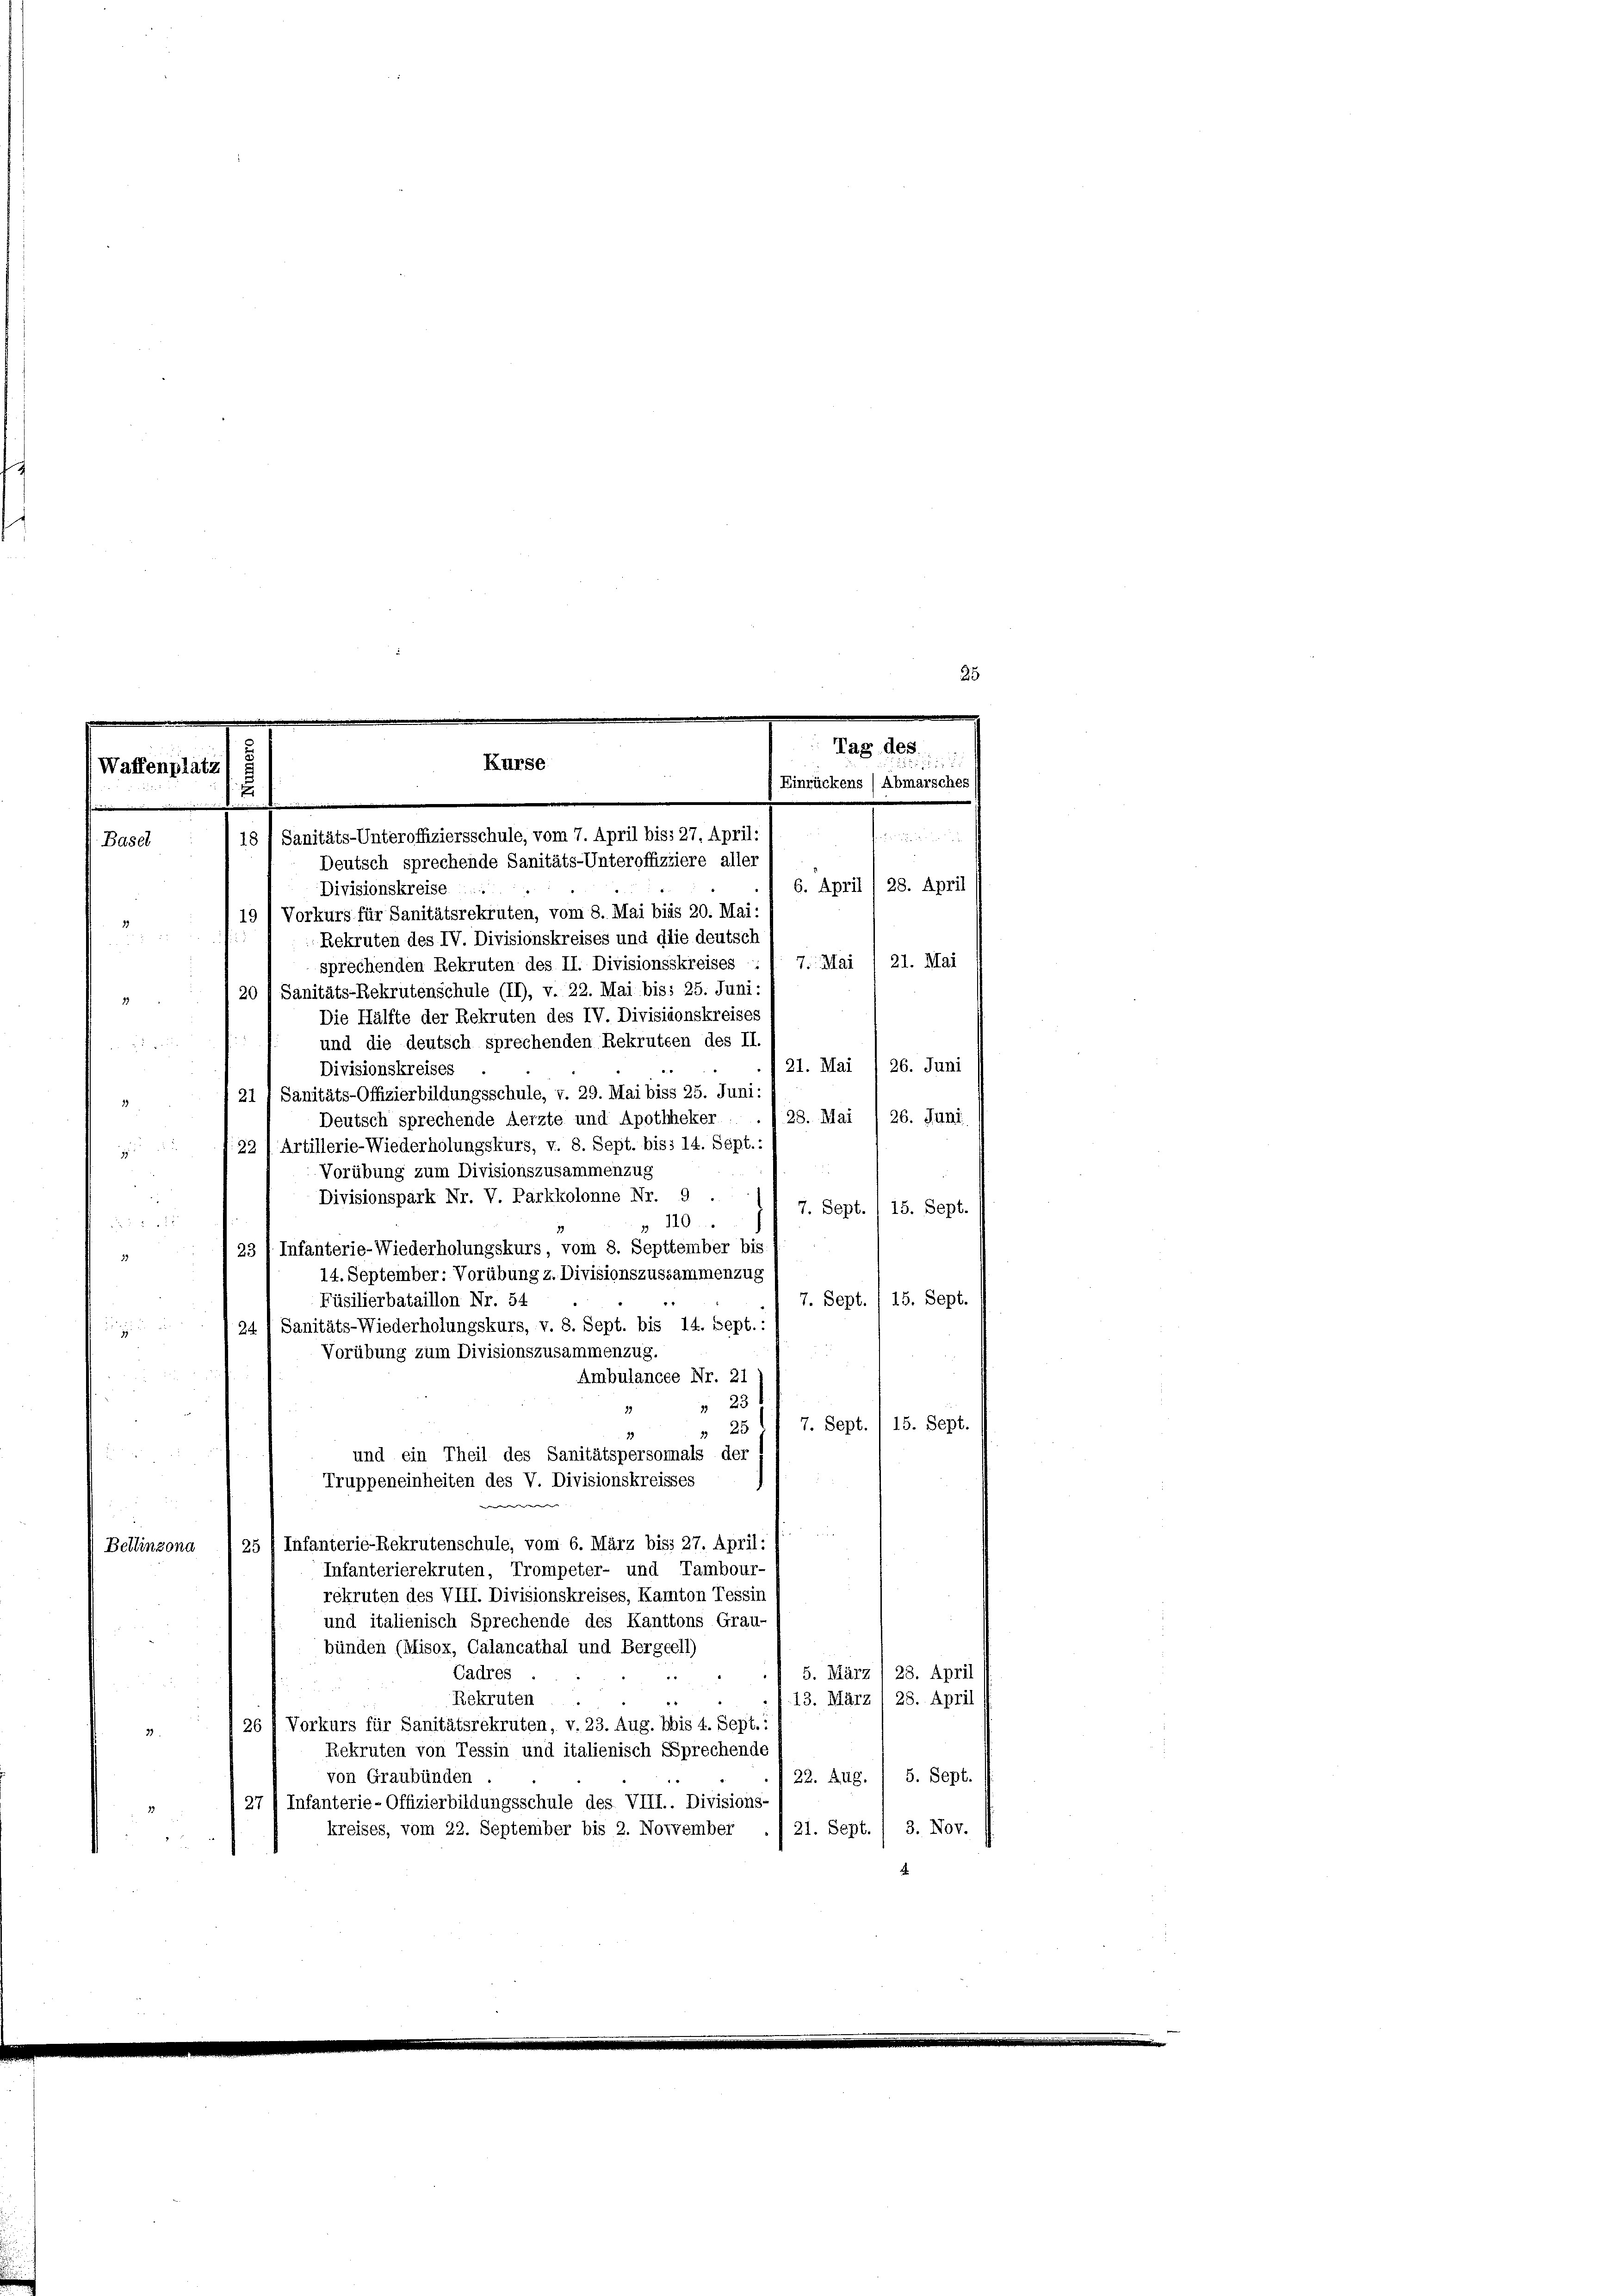
Kurse
Waffenplatz
.
18 / Sanitäts-Unteroffiziersschule, vom 7. April biss 27. April:
Basel
Deutsch sprechende Sanitäts-Unteroffizziere aller

Divisionskreise
19 / Vorkurs für Sanitätsrekruten, vom 8. Mai bis 20. Mai:
Rekruten des IV. Divisionskreises und die deutsch
sprechenden Rekruten des II. Divisionsskreises
" 120 „ Sanitäts-Rekrutenschule (II), v. 22. Mai bis 25. Juni:
Die Hälfte der Rekruten des IV. Divisionskreises
und die deutsch sprechenden Rekruteen des II.

21. Mai 1 26. Juni
Divisionskreises
21 1 Sanitäts-Offizierbildungsschule, v. 29. Mai biss 25. Juni:
Deutsch sprechende Aerzte und Apothheker ./ 28. Mai / 26. Juni
8
22/Artillerie-Wiederholungskurs, v. 8. Sept. biss 14. Sept.:
.
Vorübung zum Divisionszusammenzug
u
.
Divisionspark Nr. V. Parkkolonne Nr. 9
7. Sept. 1 15. Sept.
55 18
" 110
23 f. Infanterie-Wiederholungskurs, vom 8. Septtember bis
2.
14. September: Vorübung z. Divisionszusammenzug
7. Sept., 15. Sept.
Füsilierbataillon Nr. 54
24 f Sanitäts-Wiederholungskurs, v. 8. Sept. bis 14. Sept. :
17
Vorübung zum Divisionszusammenzug.
Ambulancee Nr. 21
23
» 25 1/ 7. Sept. (15. Sept.
und ein Theil des Sanitätspersonals der
Truppeneinheiten des V. Divisionskreisses
 |
Bellinzona 1 25 / Infanterie-Rekrutenschule, vom 6. März biss 27. April:
Infanterierekruten, Trompeter- und Tambour-
rekruten des VIII. Divisionskreises, Kamton Tessin
und italienisch Sprechende des Kanttons Grau-
bünden (Misox, Calancathal und Bergeell)
5. März / 28. April
Cadres
Rekruten
13. März 1 28. April
26 f Vorkurs für Sanitätsrekruten, v. 23. Aug. bis 4. Sept.:
37
Rekruten von Tessin und italienisch Sprechende
von Graubünden
22. Aug. / 5. Sept.
27 4 Infanterie-Offizierbildungsschule des VIII.. Divisions-
21. Sept. / 3. Nov.
kreises, vom 22. September bis 2. November

Mag des
Einrückens (Abmarsches

6. April) 28. April
7. Mai /21. Mai